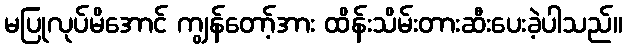
မပြုလုပ်မိအောင် ကျွန်တော့်အား ထိန်းသိမ်းတားဆီးပေးခဲ့ပါသည်။